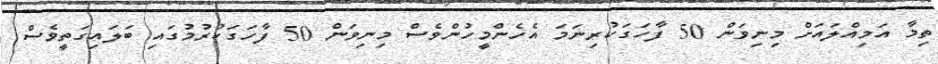
ތިމާ އަމިއްލައަށް މިނިވަން 50 ފާހަގަކުރިނަމަ އެހެންމީހުންވެސް މިނިވަން 50 ފާހަގަކުރުމުގައި ބަލައިގަތީވެސް